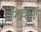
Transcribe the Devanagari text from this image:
गिव्ह्‌ज